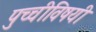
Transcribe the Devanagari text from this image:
पुच्चीविषयी